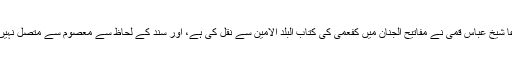
یہ دعا شیخ عباس قمی نے مفاتیح الجنان میں کفعمی کی کتاب البلد الامین سے نقل کی ہے، اور سند کے لحاظ سے معصوم سے متصل نہیں ہے۔